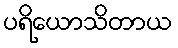
ပရိယောသိတာယ